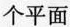
个平面